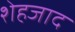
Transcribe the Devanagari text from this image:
शेहजाद